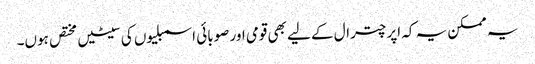
یہ ممکن یہ کہ اپر چترال کے لیے بھی قومی اور صوبائی اسمبلیوں کی سیٹیں مختص ہوں۔